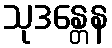
သုဒန္တေန